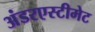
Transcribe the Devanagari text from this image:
अंडरएस्टीमेट